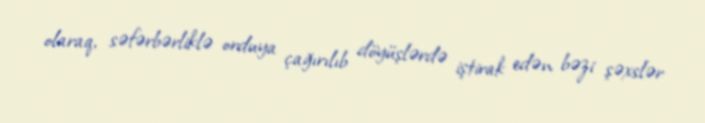
olaraq, səfərbərliklə orduya çağırılıb döyüşlərdə iştirak edən bəzi şəxslər